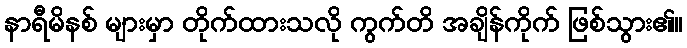
နာရီမိနစ် များမှာ တိုက်ထားသလို ကွက်တိ အချိန်ကိုက် ဖြစ်သွား၏။